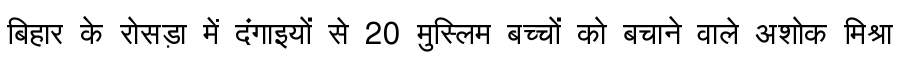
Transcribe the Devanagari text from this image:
बिहार के रोसड़ा में दंगाइयों से 20 मुस्लिम बच्चों को बचाने वाले अशोक मिश्रा